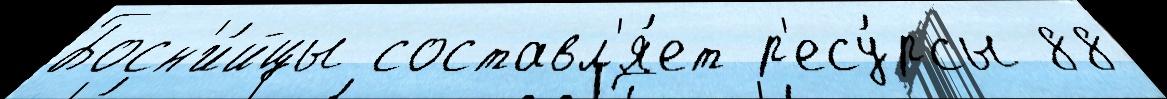
Босн'и́йцы составл'я́ет р'есу́рсы 88